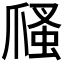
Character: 𤔢